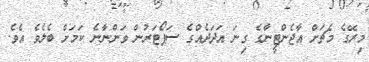
މިރޭގެ މެޗަށް އާޖެންޓީނާގެ ގިނަ އަދަދެއްގެ ސަޕޯޓަރުން ވަންނާނެ ކަމަށް ބެލެވެ އެވެ.